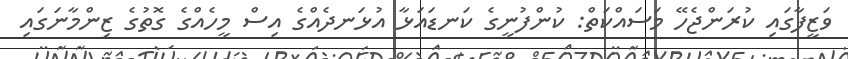
ވަޒީފާގައި ކުރަންޖެހޭ މަސައްކަތް: ކުންފުނީގެ ކަނޑައަޅާ އުޅަނދެއްގެ އިސް މީހެއްގެ ގޮތުގެ ޒިންމާނަގައި